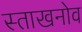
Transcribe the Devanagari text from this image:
स्ताखनोव